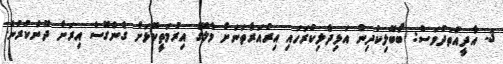
3. އާދީއްތަދުވަސް: ބޯބޭލިކުދިން އަޅިދެލިކުރަހައި އިރުއަރާތަނަށް މާލޭގެ އިރުމަތީކޮޅަށް ގެންގޮސް އިރަށް ދޮންކުރުން.